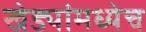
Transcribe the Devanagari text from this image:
खेड्यांमध्येच